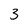
Character: 3